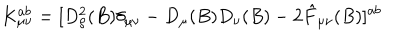
K _ { \mu \nu } ^ { a b } = [ D _ { \rho } ^ { 2 } ( B ) \delta _ { \mu \nu } - D _ { \mu } ( B ) D _ { \nu } ( B ) - 2 \hat { F } _ { \mu \nu } ( B ) ] ^ { a b }